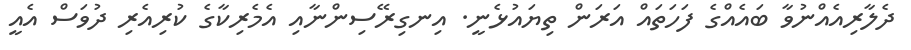
ދެލާރިއެއްނުވާ ބައެއްގެ ފަހަތައް އަރަން ތިޔައުޅެނީ. އިނގިރޭސިންނާއި އެމެރިކާގެ ކުރިއެރި ދުވަސް އެއީ